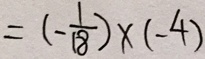
= ( - \frac { 1 } { 1 8 } ) \times ( - 4 )